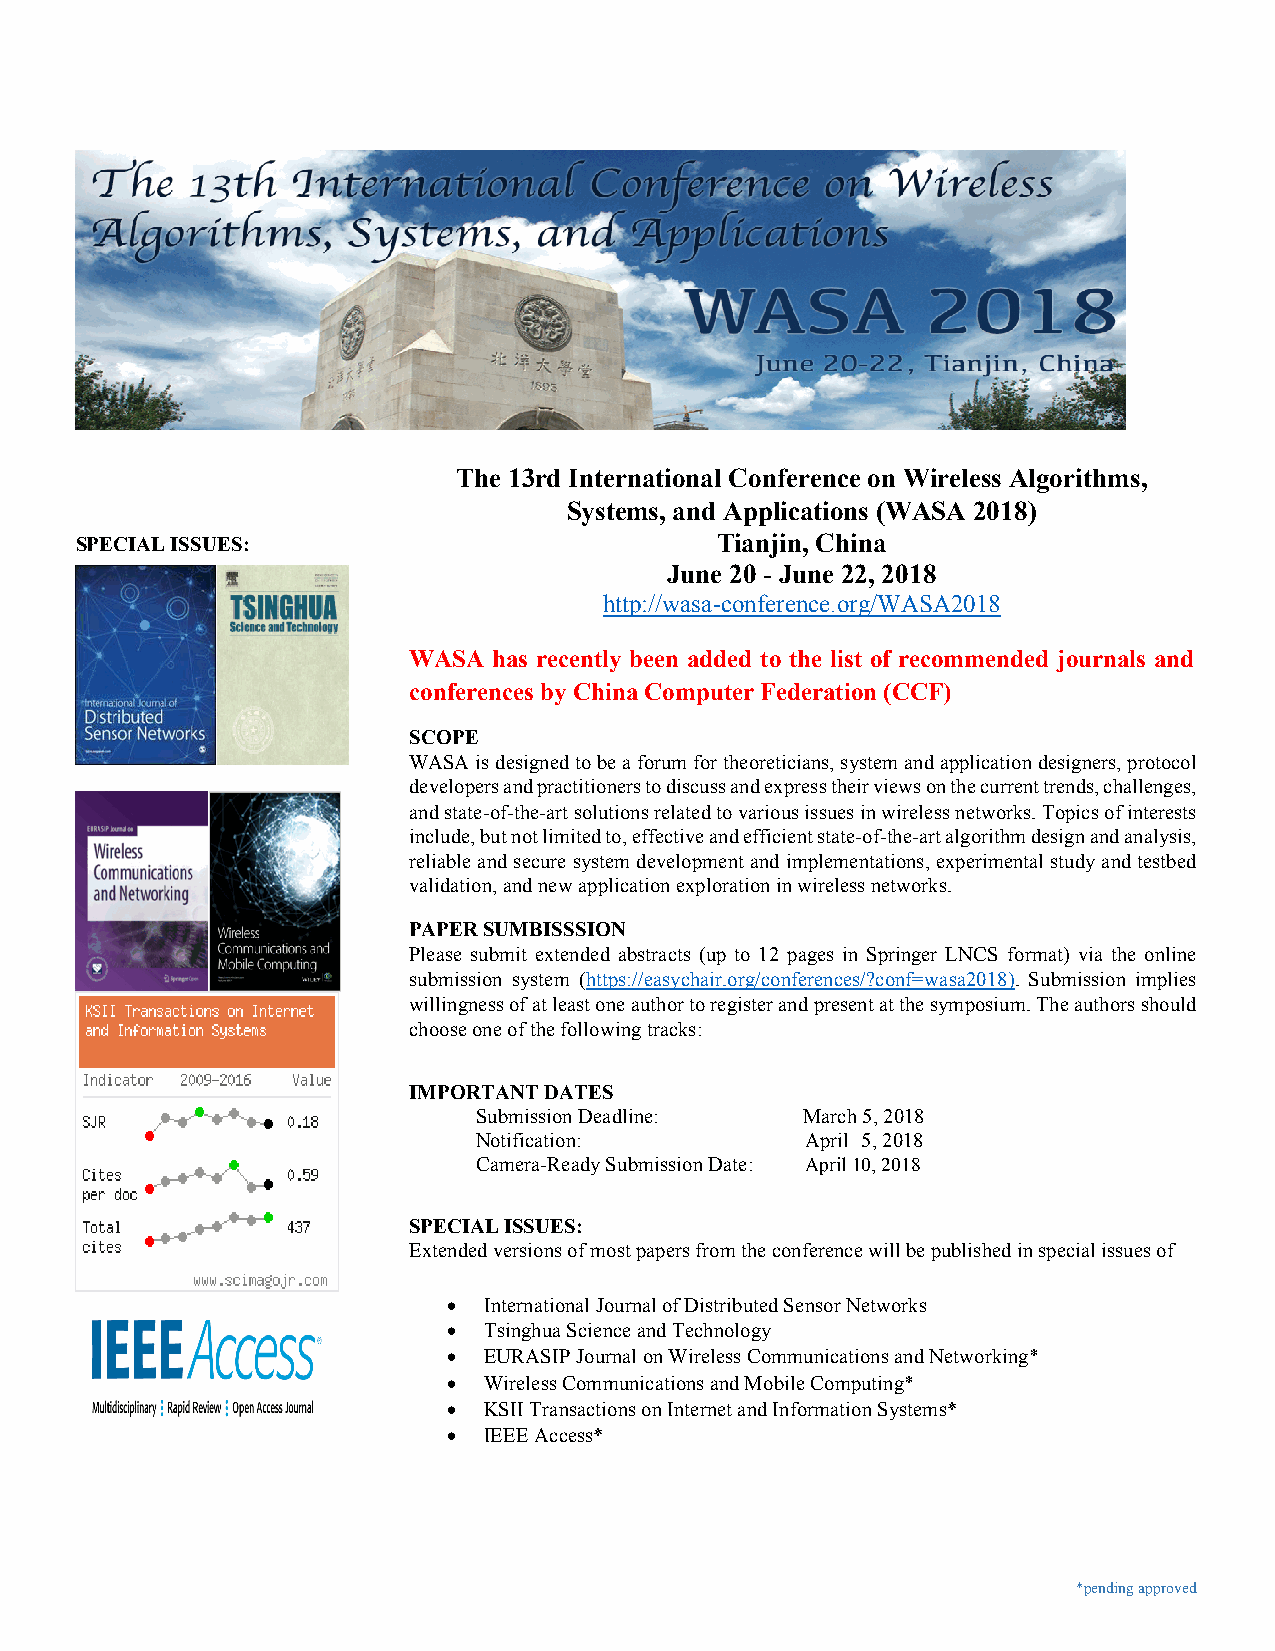
The 13rd International Conference on Wireless Algorithms,
 Systems, and Applications (WASA 2018)
 SPECIAL ISSUES:                           Tianjin, China
 June 20 - June 22, 2018
 http://wasa-conference.org/WASA2018
 WASA  has recently been added to the list of recommended journals and
 conferences by China Computer Federation (CCF)
 SCOPE
 WASA is designed to be a forum for theoreticians, system and application designers, protocol
 developers and practitioners to discuss and express their views on the current trends, challenges,
 and state-of-the-art solutions related to various issues in wireless networks. Topics of interests
 include, but not limited to, effective and efficient state-of-the-art algorithm design and analysis,
 reliable and secure system development and implementations, experimental study and testbed
 validation, and new application exploration in wireless networks.
 PAPER SUMBISSSION
 Please submit extended abstracts (up to 12 pages in Springer LNCS format) via the online
 submission system (https://easychair.org/conferences/?conf=wasa2018). Submission implies
 willingness of at least one author to register and present at the symposium. The authors should
 choose one of the following tracks:
 IMPORTANT DATES
 Submission Deadline:  March 5, 2018
 Notification:         April 5, 2018
 Camera-Ready Submission Date: April 10, 2018
 SPECIAL ISSUES:
 Extended versions of most papers from the conference will be published in special issues of
 • International Journal of Distributed Sensor Networks
 • Tsinghua Science and Technology
 • EURASIP Journal on Wireless Communications and Networking*
 • Wireless Communications and Mobile Computing*
 • KSII Transactions on Internet and Information Systems*
 • IEEE Access*
 *pending approved